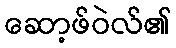
ဆော့ဖ်ဝဲလ်၏